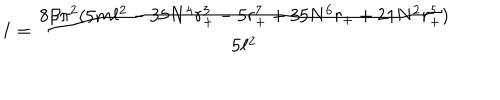
LaTeX: I = \frac { 8 \beta \pi ^ { 2 } ( 5 m \ell ^ { 2 } - 3 5 N ^ { 4 } r _ { + } ^ { 3 } - 5 r _ { + } ^ { 7 } + 3 5 N ^ { 6 } r _ { + } + 2 1 N ^ { 2 } r _ { + } ^ { 5 } ) } { 5 \ell ^ { 2 } }